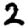
Digit: 2